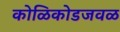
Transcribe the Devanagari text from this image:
कोळिकोडजवळ